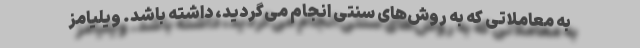
به معاملاتی که به روش‌های سنتی انجام می‌گردید، داشته باشد. ویلیامز